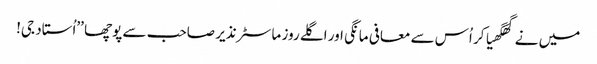
میں نے گھگھیا کر اُس سے معافی مانگی اور اگلے روز ماسٹر نذیر صاحب سے پوچھا ’’اُستاد جی!